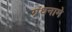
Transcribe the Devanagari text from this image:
ग्रंथनामे